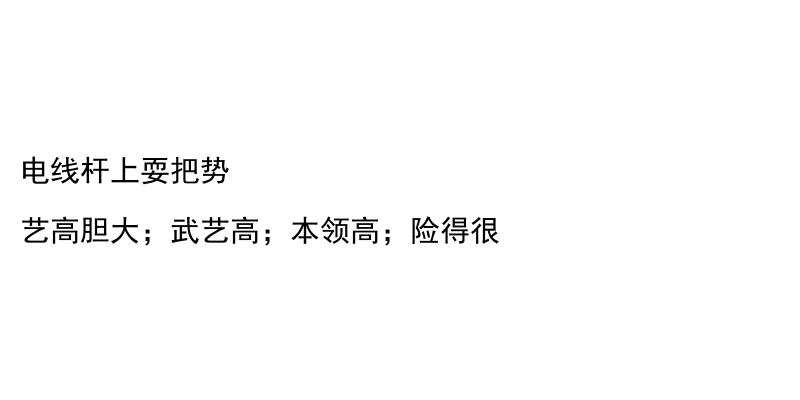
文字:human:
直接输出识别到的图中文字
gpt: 电线杆上耍把势 艺高胆大；武艺高；本领高；险得很